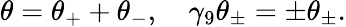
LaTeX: \theta=\theta_{+}+\theta_{-},\quad\gamma_{9}\theta_{\pm}=\pm\theta_{\pm}.